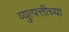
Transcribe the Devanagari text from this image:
व्युत्पत्तीच्या